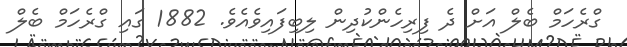
ގްރެހަމް ބެލް އަށް ދެ ފިރިހެންކުދިން ލިބިފައިވެއެވެ. 1882 ގައި ގްރެހަމް ބެލް